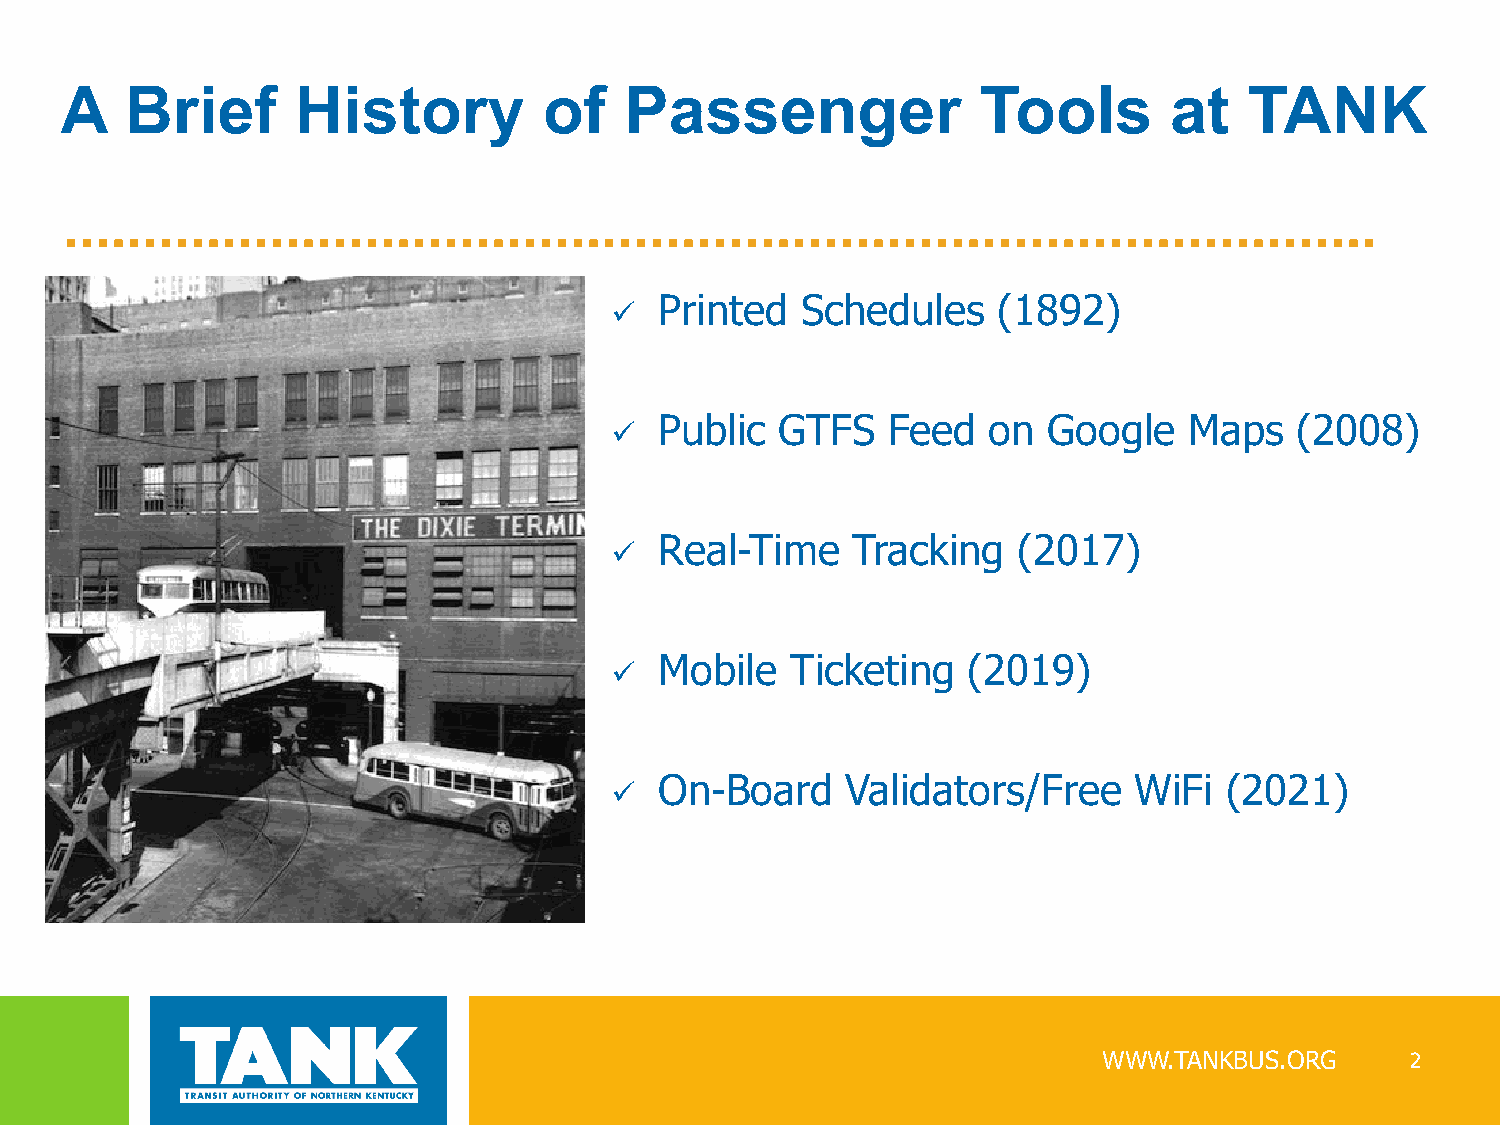
A   Brief       History         of   Passenger               Tools       at    TANK
    Printed  Schedules    (1892)
    Public  GTFS   Feed  on  Google    Maps   (2008)
    Real-Time   Tracking   (2017)
    Mobile  Ticketing   (2019)
    On-Board    Validators/Free    WiFi  (2021)
 WWW.TANKBUS.ORG     2